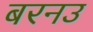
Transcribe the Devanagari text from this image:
बरनउ